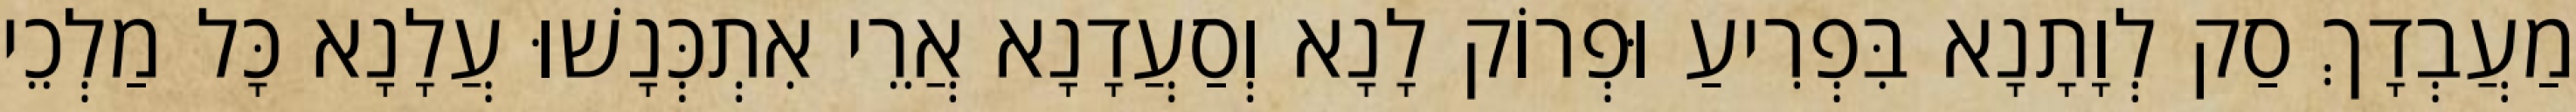
מַעֲבְדָךְ סַק לְוָתָנָא בִּפְרִיעַ וּפְרוֹק לָנָא וְסַעֲדָנָא אֲרֵי אִתְכְּנָשׁוּ עֲלָנָא כָּל מַלְכֵי